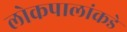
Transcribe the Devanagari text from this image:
लोकपालांकडे